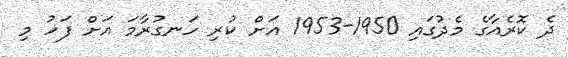
ދެ ކޮރެއާގެ މެދުގައި 1950-1953 އަށް ކުރި ހަނގުރާމަ އަށް ފަހު މި